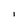
Character: I